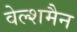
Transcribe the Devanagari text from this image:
वेल्शमैन